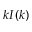
k I ( k )